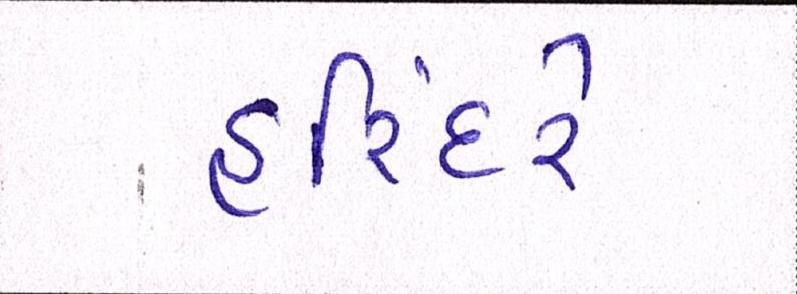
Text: હરિંદરે